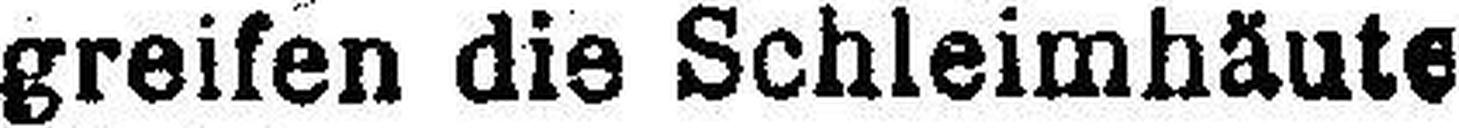
greifen die Schleimhäute